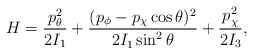
\begin{align*}H = {p_\theta^2 \over 2I_1} + { (p_\phi - p_\chi\cos\theta)^2 \over 2I_1\sin^2\theta}+{p^2_\chi \over 2 I_3}, \end{align*}